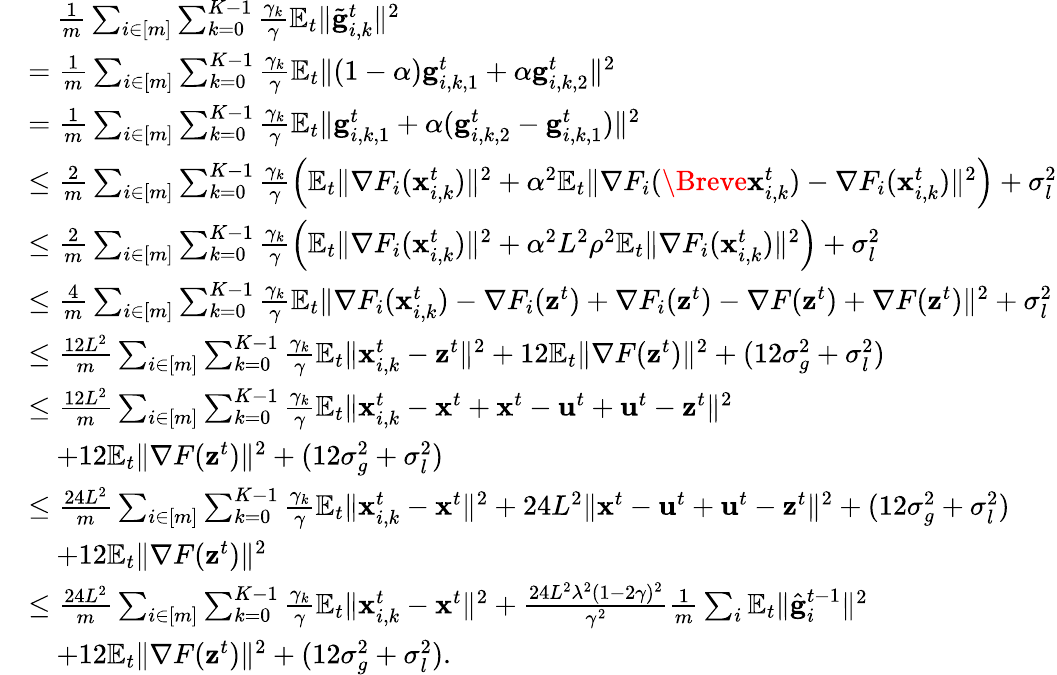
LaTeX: \begin{array}{rl}&{\quad\frac{1}{m}\sum_{i\in[m]}\sum_{k=0}^{K-1}\frac{\gamma_{k}}{\gamma}\mathbb{E}_{t}\Vert\tilde{\mathbf{g}}_{i,k}^{t}\Vert^{2}}\\ &{=\frac{1}{m}\sum_{i\in[m]}\sum_{k=0}^{K-1}\frac{\gamma_{k}}{\gamma}\mathbb{E}_{t}\Vert(1-\alpha)\mathbf{g}_{i,k,1}^{t}+\alpha\mathbf{g}_{i,k,2}^{t}\Vert^{2}}\\ &{=\frac{1}{m}\sum_{i\in[m]}\sum_{k=0}^{K-1}\frac{\gamma_{k}}{\gamma}\mathbb{E}_{t}\Vert\mathbf{g}_{i,k,1}^{t}+\alpha(\mathbf{g}_{i,k,2}^{t}-\mathbf{g}_{i,k,1}^{t})\Vert^{2}}\\ &{\leq\frac{2}{m}\sum_{i\in[m]}\sum_{k=0}^{K-1}\frac{\gamma_{k}}{\gamma}\left(\mathbb{E}_{t}\Vert\nabla F_{i}(\mathbf{x}_{i,k}^{t})\Vert^{2}+\alpha^{2}\mathbb{E}_{t}\Vert\nabla F_{i}(\Breve{\mathbf{x}}_{i,k}^{t})-\nabla F_{i}(\mathbf{x}_{i,k}^{t})\Vert^{2}\right)+\sigma_{l}^{2}}\\ &{\leq\frac{2}{m}\sum_{i\in[m]}\sum_{k=0}^{K-1}\frac{\gamma_{k}}{\gamma}\left(\mathbb{E}_{t}\Vert\nabla F_{i}(\mathbf{x}_{i,k}^{t})\Vert^{2}+\alpha^{2}L^{2}\rho^{2}\mathbb{E}_{t}\Vert\nabla F_{i}(\mathbf{x}_{i,k}^{t})\Vert^{2}\right)+\sigma_{l}^{2}}\\ &{\leq\frac{4}{m}\sum_{i\in[m]}\sum_{k=0}^{K-1}\frac{\gamma_{k}}{\gamma}\mathbb{E}_{t}\Vert\nabla F_{i}(\mathbf{x}_{i,k}^{t})-\nabla F_{i}(\mathbf{z}^{t})+\nabla F_{i}(\mathbf{z}^{t})-\nabla F(\mathbf{z}^{t})+\nabla F(\mathbf{z}^{t})\Vert^{2}+\sigma_{l}^{2}}\\ &{\leq\frac{12L^{2}}{m}\sum_{i\in[m]}\sum_{k=0}^{K-1}\frac{\gamma_{k}}{\gamma}\mathbb{E}_{t}\Vert\mathbf{x}_{i,k}^{t}-\mathbf{z}^{t}\Vert^{2}+12\mathbb{E}_{t}\Vert\nabla F(\mathbf{z}^{t})\Vert^{2}+(12\sigma_{g}^{2}+\sigma_{l}^{2})}\\ &{\leq\frac{12L^{2}}{m}\sum_{i\in[m]}\sum_{k=0}^{K-1}\frac{\gamma_{k}}{\gamma}\mathbb{E}_{t}\Vert\mathbf{x}_{i,k}^{t}-\mathbf{x}^{t}+\mathbf{x}^{t}-\mathbf{u}^{t}+\mathbf{u}^{t}-\mathbf{z}^{t}\Vert^{2}}\\ &{\quad+12\mathbb{E}_{t}\Vert\nabla F(\mathbf{z}^{t})\Vert^{2}+(12\sigma_{g}^{2}+\sigma_{l}^{2})}\\ &{\leq\frac{24L^{2}}{m}\sum_{i\in[m]}\sum_{k=0}^{K-1}\frac{\gamma_{k}}{\gamma}\mathbb{E}_{t}\Vert\mathbf{x}_{i,k}^{t}-\mathbf{x}^{t}\Vert^{2}+24L^{2}\Vert\mathbf{x}^{t}-\mathbf{u}^{t}+\mathbf{u}^{t}-\mathbf{z}^{t}\Vert^{2}+(12\sigma_{g}^{2}+\sigma_{l}^{2})}\\ &{\quad+12\mathbb{E}_{t}\Vert\nabla F(\mathbf{z}^{t})\Vert^{2}}\\ &{\leq\frac{24L^{2}}{m}\sum_{i\in[m]}\sum_{k=0}^{K-1}\frac{\gamma_{k}}{\gamma}\mathbb{E}_{t}\Vert\mathbf{x}_{i,k}^{t}-\mathbf{x}^{t}\Vert^{2}+\frac{24L^{2}\lambda^{2}(1-2\gamma)^{2}}{\gamma^{2}}\frac{1}{m}\sum_{i}\mathbb{E}_{t}\Vert\hat{\mathbf{g}}_{i}^{t-1}\Vert^{2}}\\ &{\quad+12\mathbb{E}_{t}\Vert\nabla F(\mathbf{z}^{t})\Vert^{2}+(12\sigma_{g}^{2}+\sigma_{l}^{2}).}\end{array}